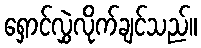
ရှောင်လွှဲလိုက်ချင်သည်။